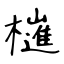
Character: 𣝤